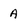
Character: A